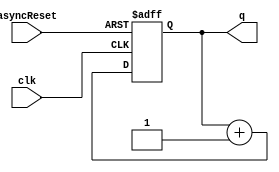
// counters.v
// John F. Hubbard, 22 Mar 2015
//
// Various counters that are used everywhere.
//

module simple_counter(clk, asyncReset, q);
    parameter N = 7;

    input clk,asyncReset;
    output reg [N-1:0] q;

    always @(posedge clk or posedge asyncReset)
        if (asyncReset == 1'b1)
            q <= 0;
        else
            q <= q + 1;
endmodule

module mod_counter(clk, asyncReset, q, done);
    parameter N = 7;
    parameter MAX = 127;

    input clk, asyncReset;
    output [N-1:0] q;
    output done;

    reg [N-1:0] q;
    reg done;

    always @(posedge clk or posedge asyncReset)
    begin
        if (asyncReset == 1'b1)
        begin
            q <= 0;
            done <= 0;
        end
        else if (q == MAX)
        begin
            q <= 0;
            done <= 1;
        end
        else
        begin
            q <= q + 1;
            done <= 0;
        end
    end
endmodule